Civil Veterinary Department Bengal reports 1923-33 - 1923-1933
Year: 1923
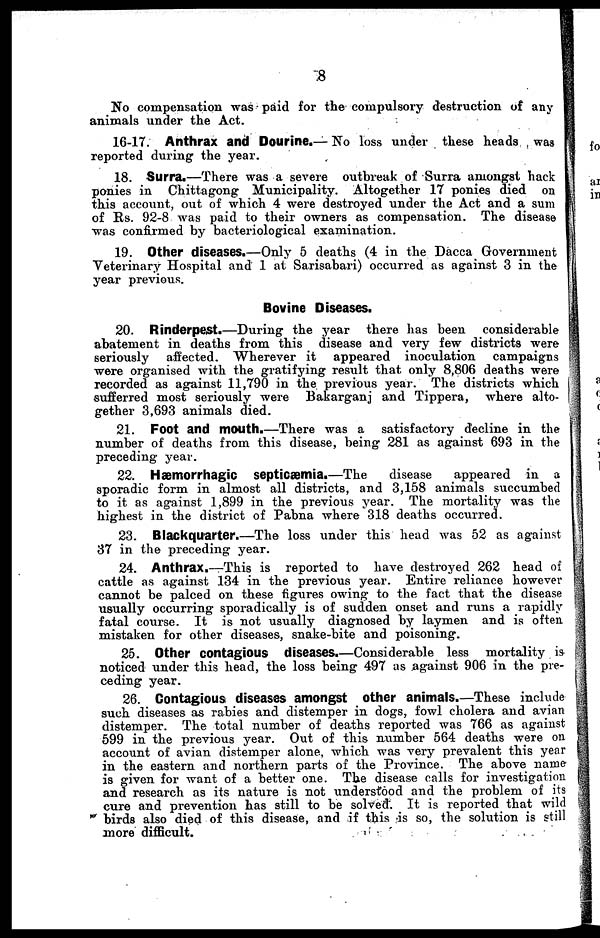
8
No compensation was paid for the compulsory destruction of any
animals under the Act.
16-17. Anthrax and Dourine.— No loss under these heads was
reported during the year.
18. Surra.—There was a severe outbreak of Surra amongst hack
ponies in Chittagong Municipality. Altogether 17 ponies died on
this account, out of which 4 were destroyed under the Act and a sum
of Rs. 92-8 was paid to their owners as compensation. The disease
was confirmed by bacteriological examination.
19. Other diseases.—Only 5 deaths (4 in the Dacca Government
Veterinary Hospital and 1 at Sarisabari) occurred as against 3 in the
year previous.
Bovine Diseases.
20. Rinderpest.—During the year there has been considerable
abatement in deaths from this disease and very few districts were
seriously affected. Wherever it appeared inoculation
campaigns
were organised with the gratifying result that only 8,806 deaths were
recorded as against 11,790 in the previous year. The districts which
sufferred most seriously were Bakarganj and Tippera, where alto-
gether 3,693 animals died.
21. Foot and mouth.—There was a satisfactory decline in the
number of deaths from this disease, being 281 as against 693 in the
preceding year.
22. Hæmorrhagic septicæmia.—The
disease
appeared in a
sporadic form in almost all districts, and 3,158 animals succumbed
to it as against 1,899 in the previous year. The mortality was the
highest in the district of Pabna where 318 deaths occurred.
23. Blackquarter.—The loss under this head was 52 as against
37 in the preceding year.
24. Anthrax.—This is reported to have destroyed 262 head of
cattle as against 134 in the previous year. Entire reliance however
cannot be palced on these figures owing to the fact that the disease
usually occurring sporadically is of sudden onset and runs a rapidly
fatal course. It is not usually diagnosed by laymen and is often
mistaken for other diseases, snake-bite and poisoning.
25. Other contagious diseases.—Considerable less mortality is
noticed under this head, the loss being 497 as against 906 in the pre-
ceding year.
26. Contagious diseases amongst other animals.—These include
such diseases as rabies and distemper in dogs, fowl cholera and avian
distemper. The total number of deaths reported was 766 as against
599 in the previous year. Out of this number 564 deaths were on
account of avian distemper alone, which was very prevalent this year
in the eastern and northern parts of the Province. The above name
is given for want of a better one. The disease calls for investigation
and research as its nature is not understood and the problem of its
cure and prevention has still to be solved. It is reported that wild
birds also died of this disease, and if this is so, the solution is still
more difficult.